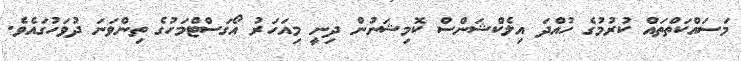
މަސައްކަތްތައް ކުރުމުގެ ހުއްދަ އިލެކްޝަންސް ކޮމިޝަނުން ދިނީ މިއަހަރު އޯގަސްޓްމަހުގެ ތިންވަނަ ދުވަހުގައެވެ.